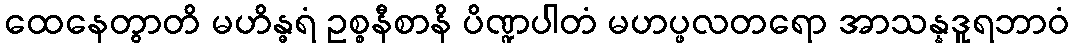
ထေနေတွာတိ မဟိန္ဓရံ ဥစ္စနီစာနိ ပိဏ္ဍပါတံ မဟပ္ဖလတရော အာသန္နဒူရဘာဝံ